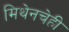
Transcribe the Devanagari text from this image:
मिथेनचेही